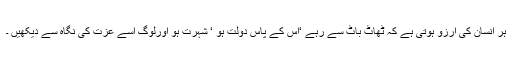
ہر انسان کی آرزو ہوتی ہے کہ ٹھاٹ باٹ سے رہے ‘اُس کے پاس دولت ہو ‘ شہرت ہو اورلوگ اُسے عزت کی نگاہ سے دیکھیں ۔